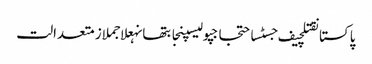
پاکستانقتلچیف جسٹساحتجاجپولیسپنجابتھانہعلاجملازمتعدالت